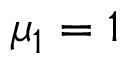
\mu _ { 1 } = 1